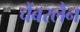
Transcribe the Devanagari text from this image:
चैंबरलैन